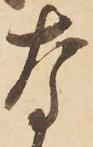
な